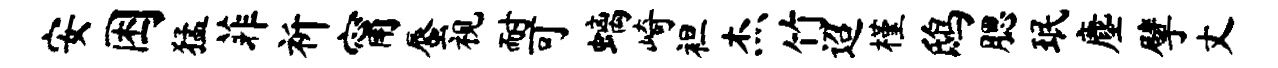
安困猛菲祈甯蜃视耐可螭崎袒杰竹迢槿鸱腮珉麈擘丈